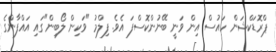
ޕްރޮޑަކްޝަން ހައުސް އިން ވަނީ ބޭނުންކޮސްފަ އެވެ. ފިލްމު "ވަކިން ލޯބިން"ގައި އައްފާންގެ